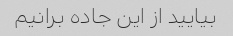
بیایید از این جاده برانیم